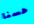
حسنا